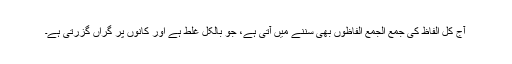
آج کل الفاظ کی جمع الجمع الفاظوں بھی سننے میں آتی ہے، جو بالکل غلط ہے اور کانوں پر گراں گزرتی ہے۔